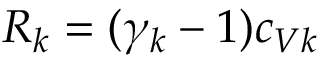
R _ { k } = ( \gamma _ { k } - 1 ) c _ { V k }